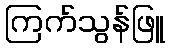
ကြက်သွန်ဖြူ